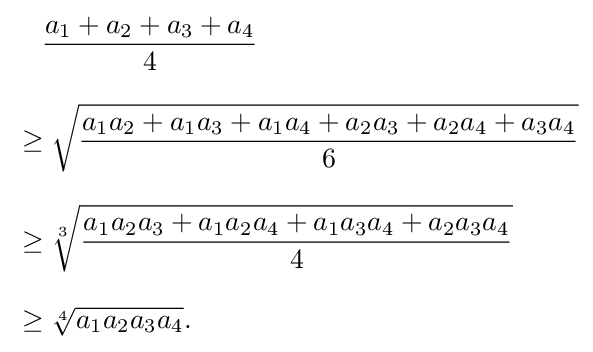
{\begin{aligned}&\quad {\frac {a_{1}+a_{2}+a_{3}+a_{4}}{4}}\\[8pt]&\geq {\sqrt {\frac {a_{1}a_{2}+a_{1}a_{3}+a_{1}a_{4}+a_{2}a_{3}+a_{2}a_{4}+a_{3}a_{4}}{6}}}\\[8pt]&\geq {\sqrt[{3}]{\frac {a_{1}a_{2}a_{3}+a_{1}a_{2}a_{4}+a_{1}a_{3}a_{4}+a_{2}a_{3}a_{4}}{4}}}\\[8pt]&\geq {\sqrt[{4}]{a_{1}a_{2}a_{3}a_{4}}}.\end{aligned}}